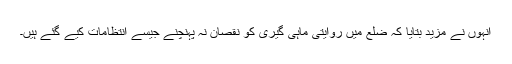
انہوں نے مزید بتایا کہ ضلع میں روایتی ماہی گیری کو نقصان نہ پہنچنے جیسے انتظامات کیے گئے ہیں۔